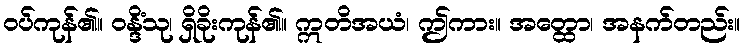
ဝပ်ကုန်၏။ ဝန္ဒိံသု၊ ရှိခိုးကုန်၏။ ဣတိအယံ၊ ဤကား။ အတ္ထော၊ အနက်တည်း။